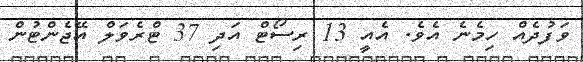
ވަފުދެއް ހިމެނެ އެވެ. އެއީ 13 ރިސޯޓް އަދި 37 ޓްރެވަލް އޭޖެންޓުން